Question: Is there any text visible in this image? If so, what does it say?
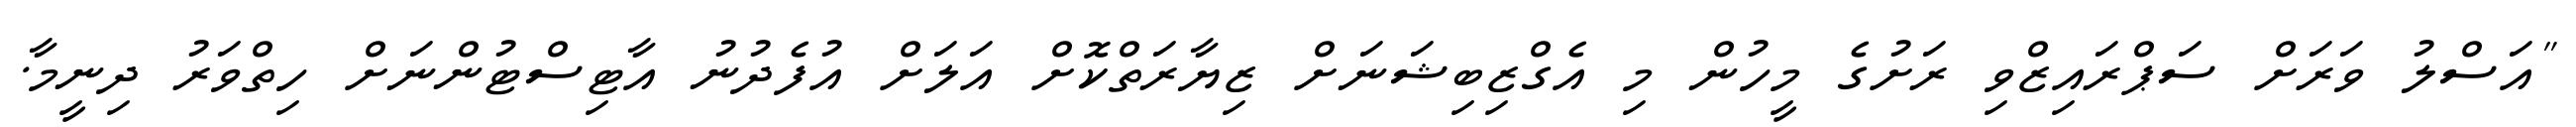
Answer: "އަސްލު ވަރަށް ސަޕްރައިޒްވި ރަށުގެ މީހުން މި އެގްޒިބިޝަނަށް ޒިޔާރަތްކޮށް އަލަށް އުފެދުނު އާޓިސްޓުންނަށް ހިތްވަރު ދިނީމާ.